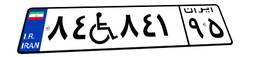
۸۴W۸۴۱۹۵